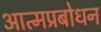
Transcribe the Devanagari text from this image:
आत्मप्रबोधन